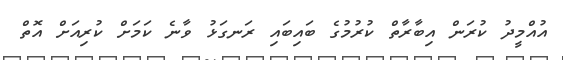
އުއްމީދު ކުރަން އިބާރާތް ކުރުމުގެ ބައިބައި ރަނގަޅު ވާނެ ކަމަށް ކުރިއަށް އޮތް